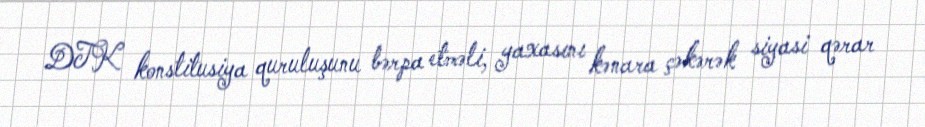
DTK konstitusiya quruluşunu bərpa etməli, yaxasını kənara çəkərək siyasi qərar